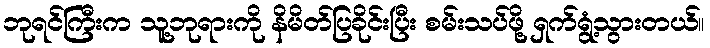
ဘုရင်ကြီးက သူ့ဘုရားကို နိမိတ်ပြခိုင်းပြီး စမ်းသပ်ဖို့ ရှက်ရွံ့သွားတယ်။